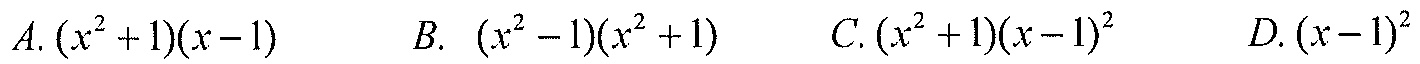
\(A.\ (x^{2}+1)(x - 1)\quad B.\ (x^{2}-1)(x^{2}+1)\quad C.\ (x^{2}+1)(x - 1)^{2}\quad D.\ (x - 1)^{2}\)